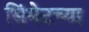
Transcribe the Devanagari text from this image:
सिंमेटच्या